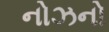
નોઝનો